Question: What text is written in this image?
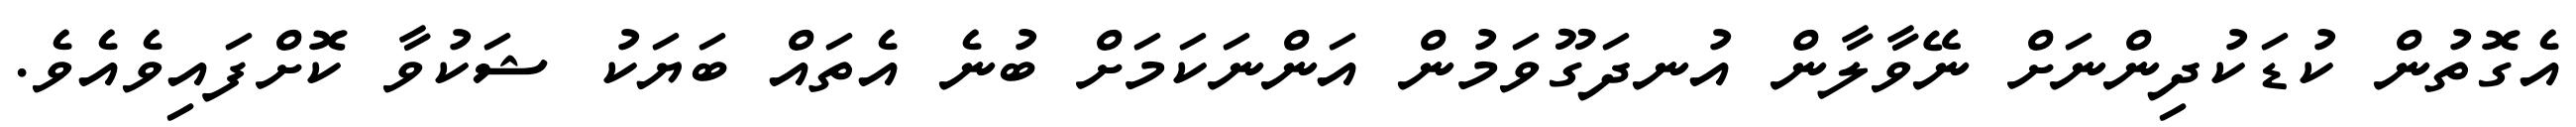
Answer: އެގޮތުން ކުޑަކުދިންނަށް ނޭވާލާން އުނދަގޫވަމުން އަންނަކަމަށް ބުނެ އެތައް ބަޔަކު ޝަކުވާ ކޮށްފައިވެއެވެ.